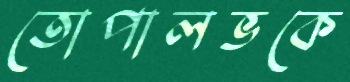
তোপালভকে